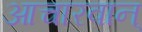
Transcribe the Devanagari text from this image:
आचारवान्